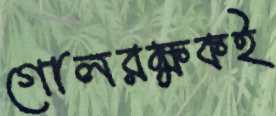
গোলরক্ষকই